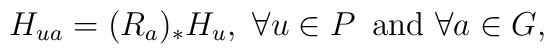
H_{ua} = (R_{a})_{*}H_{u},\,\,\forall u\in P\,\mbox{ and } \forall a\in G,